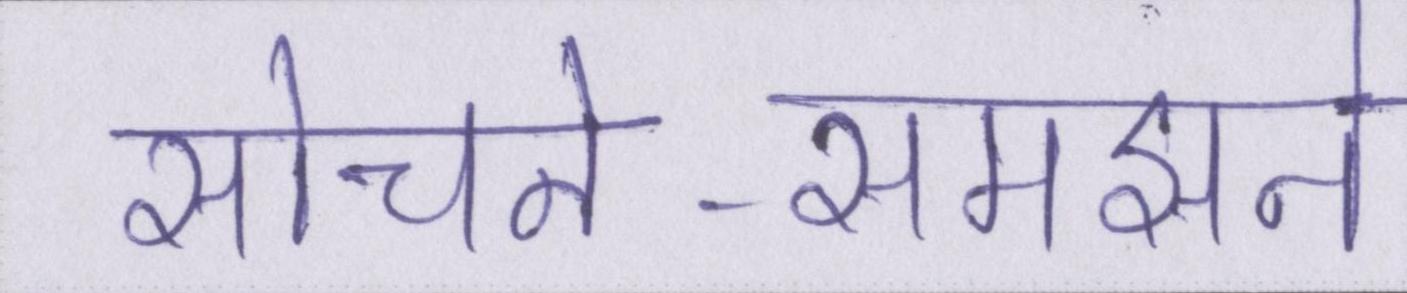
सोचने-समझने